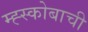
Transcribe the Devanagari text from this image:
म्ह्स्कोबाची